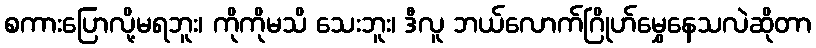
စကားပြောလို့မရဘူး၊ ကိုကိုမသိ သေးဘူး၊ ဒီလူ ဘယ်လောက်ဂြိုဟ်မွှေနေသလဲဆိုတာ